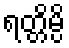
ရတ္တိမ္ပိ